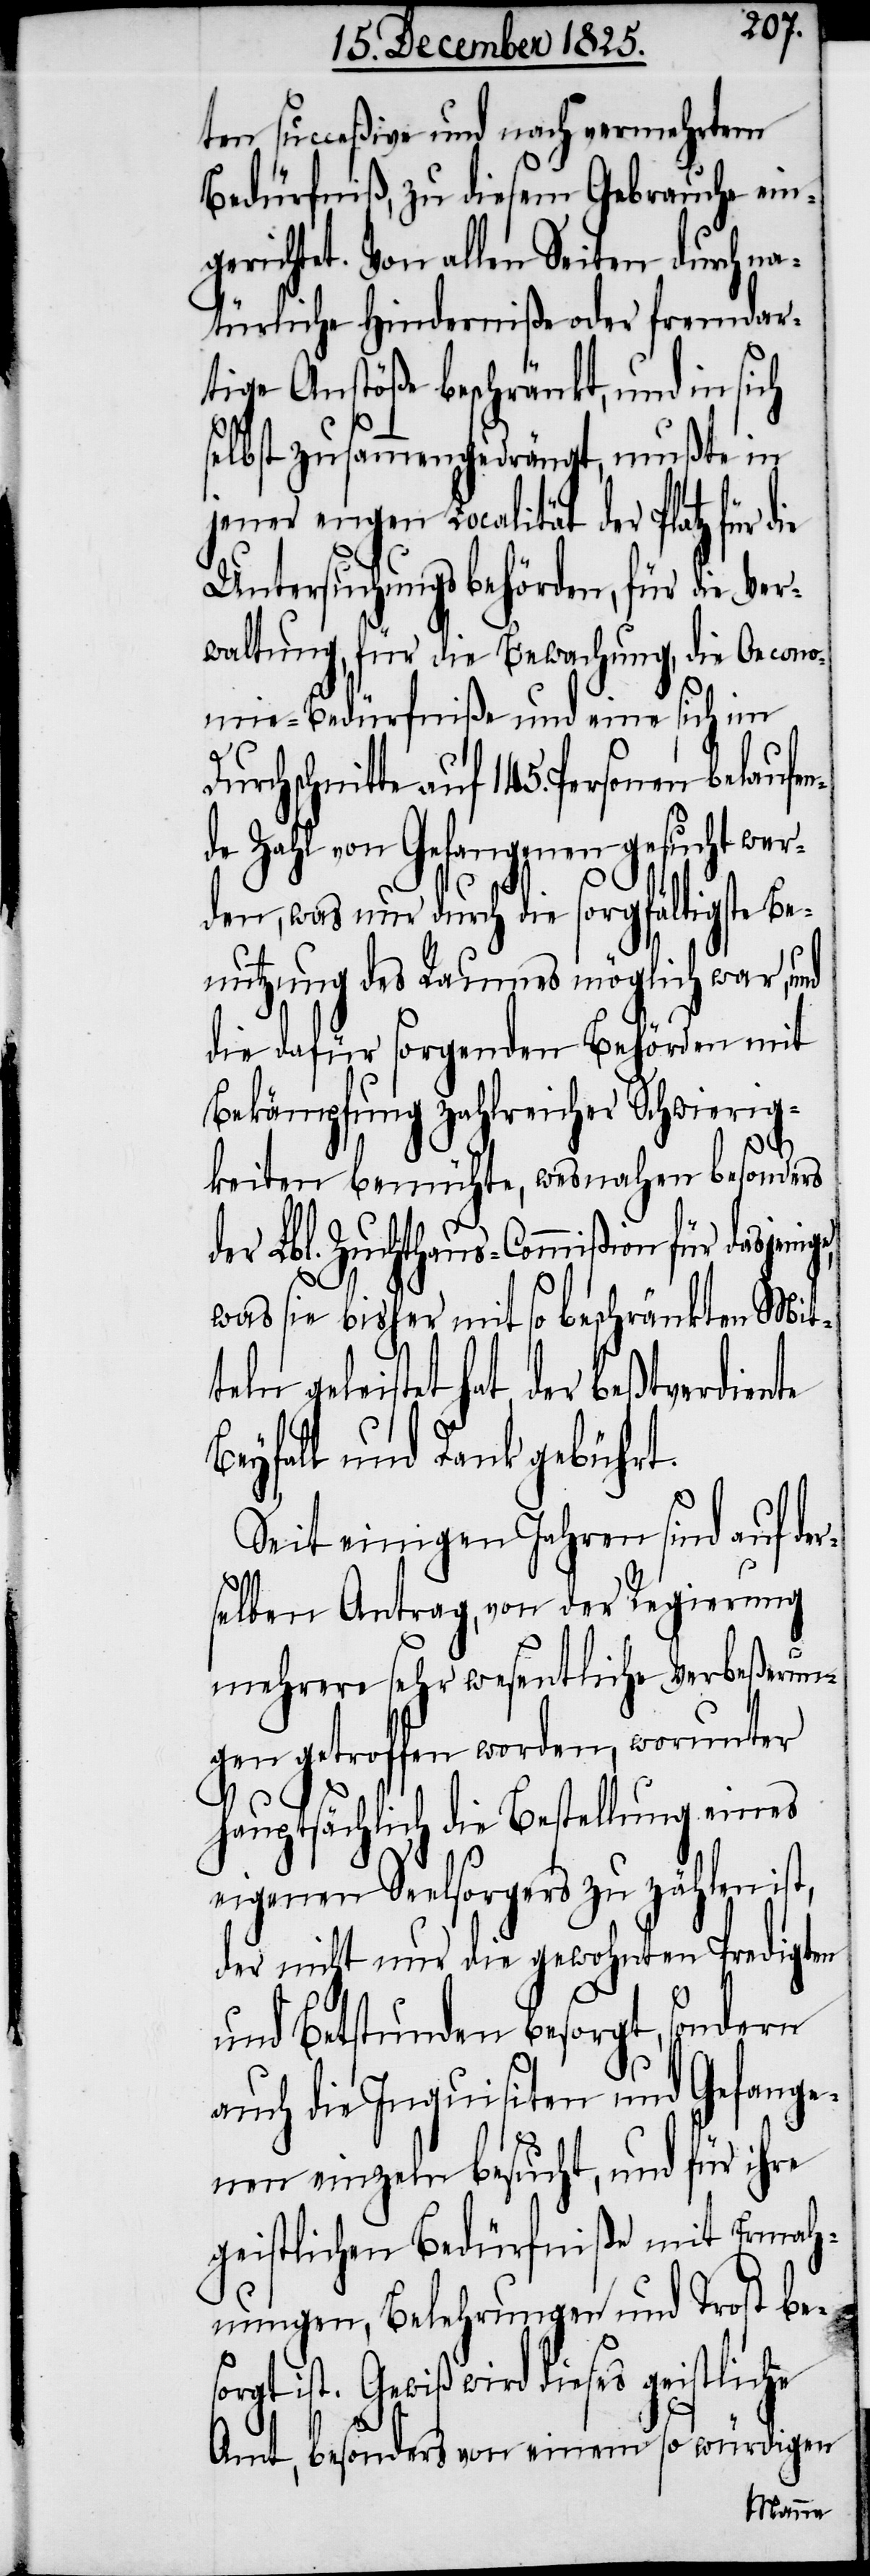
ten succeßive und nach vermehrtem
Bedürfniß, zu diesem Gebrauche ein¬
gerichtet. Von allen Seiten durch na¬
türliche Hinderniße oder fremdar¬
tige Anstöße beschränkt, und in sich
selbst zusammengedrängt, mußte in
jener engen Localität der Platz für
Untersuchungsbehörden, für die Ver¬
waltung, für die Bewachung, die Oecono¬
mie-Bedürfniße und eine sich im
auf 145. Personen belaufe¬
nde Zahl von Gefangenen gesucht wer¬
den, was nur durch die sorgfältigste Be¬
nutzung des Raumes möglich war, und
die dafür sorgenden Behörden mit
Bekämpfung zahlreicher Schwierig¬
keiten bemühte, wesnahen besonders
der Lbl. Zuchthaus-Commißion für dasjeni¬
was sie bisher mit so beschränkten Mit¬
teln geleistet hat, der beßtverdiente
Beyfall und Dank gebührt.
Seit einigen Jahren sind auf den¬
selben Antrag, von der Regierung
mehrere sehr wesentliche Verbeßerun¬
gen getroffen worden, worunter
hauptsächlich die Bestellung eines
eigenen Seelsorgers zu zählen ist,
der nicht nur die gewohnte Predigten
und Betstunden besorgt, sondern
auch die Inquisiten und Gefange¬
nen einzeln besucht, und für ihre
zeitlichen Bedürfniße mit Ermah¬
nungen, Belehrungen und Trost bes¬
orgt ist. Gewiß wird dieses geistliche
Amt, besonders von einem so würdigen
ge,